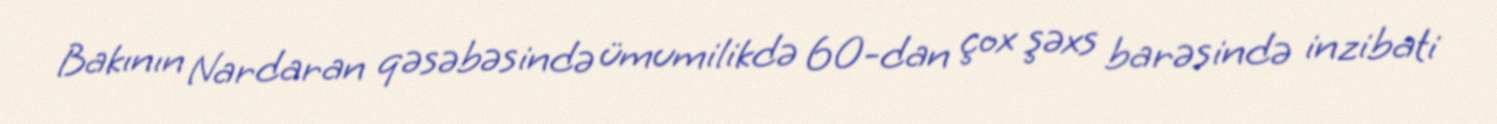
Bakının Nardaran qəsəbəsində ümumilikdə 60-dan çox şəxs barəsində inzibati